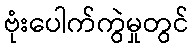
ဗုံးပေါက်ကွဲမှုတွင်